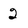
Character: 2